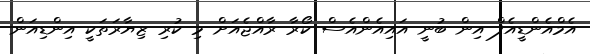
އެމްއެންޑީއެފް އިން ބުނީ އައިއެންއެސް ކޯރާ ރާއްޖެއަށް މި ކުރި ޒިޔާރަތަކީ އިންޑިއަން